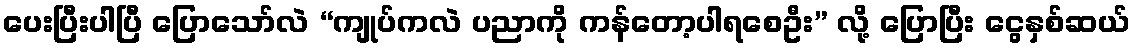
ပေးပြီးပါပြီ ပြောသော်လဲ “ကျုပ်ကလဲ ပညာကို ကန်တော့ပါရစေဦး” လို့ ပြောပြီး ငွေနှစ်ဆယ်